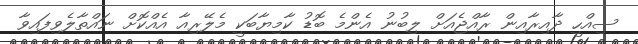
ސިއްހީ ދާއިރާއިން ރާއްޖެއަށް ލިބުނު އެންމެ ބޮޑު ކާމިޔާބަކީ މެލޭރިއާ އެއްކޮށް ނައްތާލެވިފައިވާ